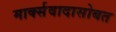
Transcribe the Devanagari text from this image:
मार्क्सवादासोबत